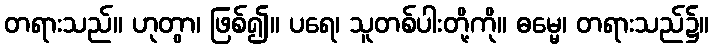
တရားသည်။ ဟုတွာ၊ ဖြစ်၍။ ပရေ၊ သူတစ်ပါးတို့ကို။ ဓမ္မေ၊ တရားသည်၌။